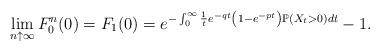
LaTeX: \begin{align*}\lim_{n\uparrow \infty}F_0^n(0) = F_1(0)= e^{-\int_{0}^{\infty}\frac{1}{t}e^{-qt}\left(1-e^{-pt}\right)\mathbb P\left(X_t>0\right)dt}-1.\end{align*}